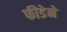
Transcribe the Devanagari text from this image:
फीडेने